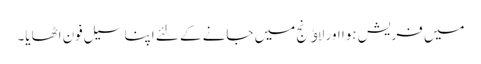
میں فریش ہوا اور لاﺅنج میں جانے کے لئے اپنا سیل فون اٹھایا۔